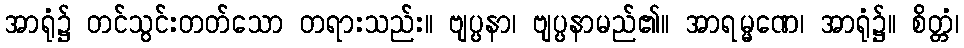
အာရုံ၌ တင်သွင်းတတ်သော တရားသည်း။ ဗျပ္ပနာ၊ ဗျပ္ပနာမည်၏။ အာရမ္မဏေ၊ အာရုံ၌။ စိတ္တံ၊